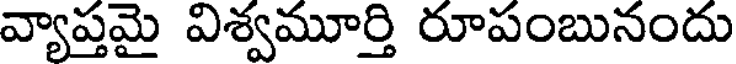
వ్యాప్తమై విశ్వమూర్తి రూపంబునందు